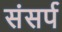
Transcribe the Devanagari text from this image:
संसर्प